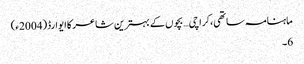
ماہنامہ ساتھی،کراچی… بچوں کے بہترین شاعر کا ایوارڈ(2004ء)
6۔